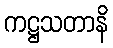
ကဋ္ဌသတာနိ